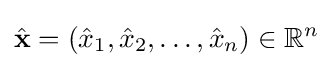
{\hat {\mathbf {x} }}=({\hat {x}}_{1},{\hat {x}}_{2},\dots ,{\hat {x}}_{n})\in \mathbb {R} ^{n}